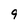
Character: 9